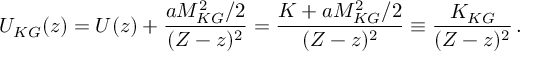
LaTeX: U _ { K G } ( z ) = U ( z ) + { \frac { a M _ { K G } ^ { 2 } / 2 } { ( { \cal Z } - z ) ^ { 2 } } } = { \frac { K + a M _ { K G } ^ { 2 } / 2 } { ( { \cal Z } - z ) ^ { 2 } } } \equiv { \frac { K _ { K G } } { ( { \cal Z } - z ) ^ { 2 } } } \, .